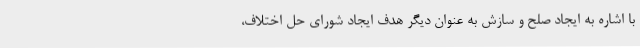
با اشاره به ایجاد صلح و سازش به عنوان دیگر هدف ایجاد شورای حل اختلاف،